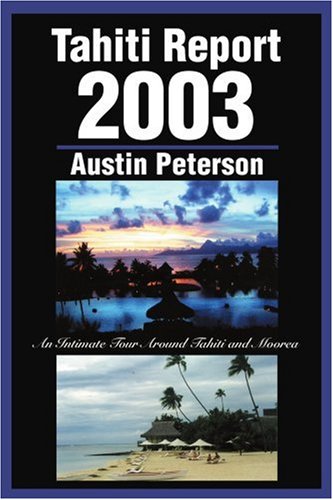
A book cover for Tahiti Report 2003: An Intimate Tour Around Tahiti and Moorea; Austin Peterson; Travel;